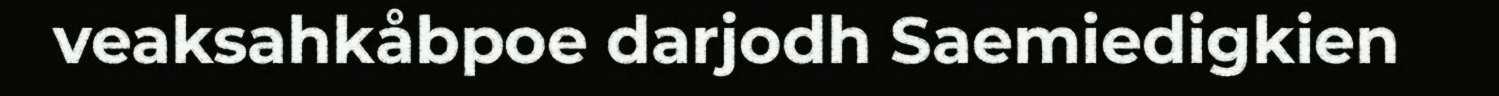
veaksahkåbpoe darjodh Saemiedigkien